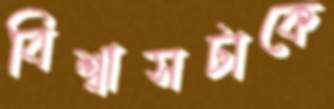
বিশ্বাসটাকে